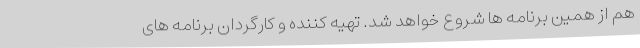
هم از همین برنامه ها شروع خواهد شد. تهیه کننده و کارگردان برنامه های